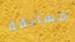
مسابقة